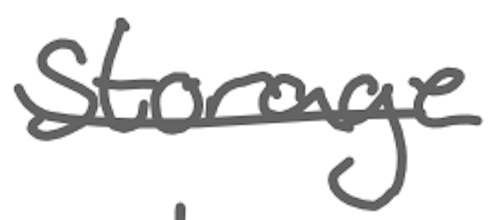
Text: storage
Cross-out: mix
Writing tool: digital_gray